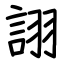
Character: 詡